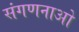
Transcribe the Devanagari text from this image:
संगणनाओ